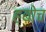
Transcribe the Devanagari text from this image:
ह्योच